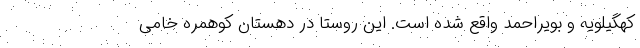
کهگیلویه و بویراحمد واقع شده است. این روستا در دهستان کوهمره خامی